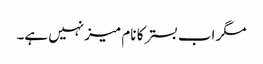
مگر اب بستر کا نام میز نہیں ہے۔